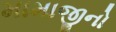
મામાજીનો